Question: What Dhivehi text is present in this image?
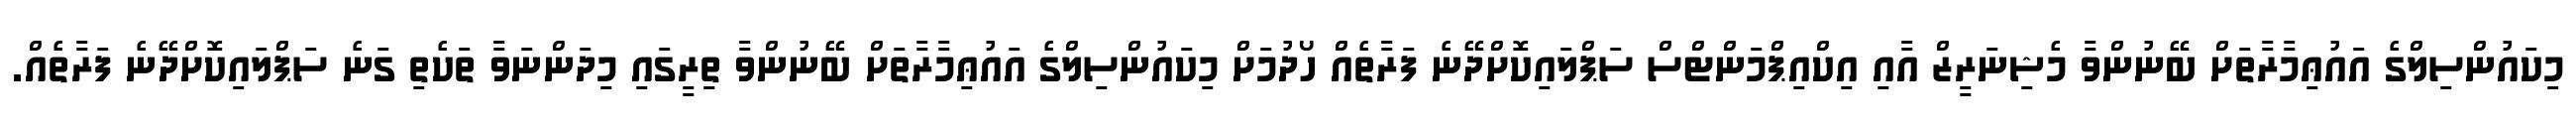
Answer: މިކައުންސިލްގެ އައުޢިމާރާތަށް ބޭނުންވާ މެޝިނަރީޒް އާއި އިކްއިޕްމަންޓްސް ސަޕްލައިކޮށްދޭނެ ފަރާތެއް ހޯދުމަށް މިކައުންސިލްގެ އައުޢިމާރާތަށް ބޭނުންވާ ތިރީގައި މިދަންނަވާ ތަކެތި ގަނެ ސަޕްލައިކޮށްދޭނެ ފަރާތެއް.